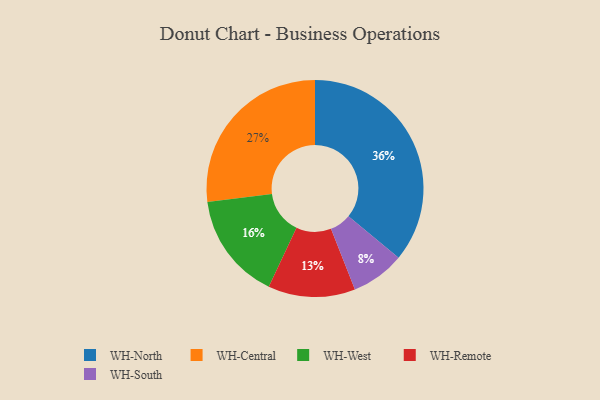
{"axis": {"x": "Category", "y": "Percentage"}, "legend": ["WH-Central", "WH-North", "WH-Remote", "WH-South", "WH-West"], "data": [{"x": "WH-North", "y": 36, "type": "WH-North"}, {"x": "WH-Remote", "y": 13, "type": "WH-Remote"}, {"x": "WH-Central", "y": 27, "type": "WH-Central"}, {"x": "WH-West", "y": 16, "type": "WH-West"}, {"x": "WH-South", "y": 8, "type": "WH-South"}]}